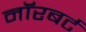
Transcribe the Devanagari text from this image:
नॉरबर्ट